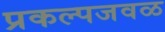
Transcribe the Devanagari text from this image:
प्रकल्पजवळ